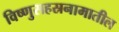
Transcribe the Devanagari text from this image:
विष्णुसहस्रनामातील